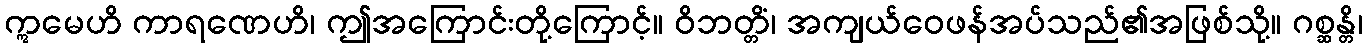
ဣမေဟိ ကာရဏေဟိ၊ ဤအကြောင်းတို့ကြောင့်။ ဝိဘတ္တိံ၊ အကျယ်ဝေဖန်အပ်သည်၏အဖြစ်သို့။ ဂစ္ဆန္တိ၊